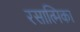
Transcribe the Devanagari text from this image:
रसात्मिका